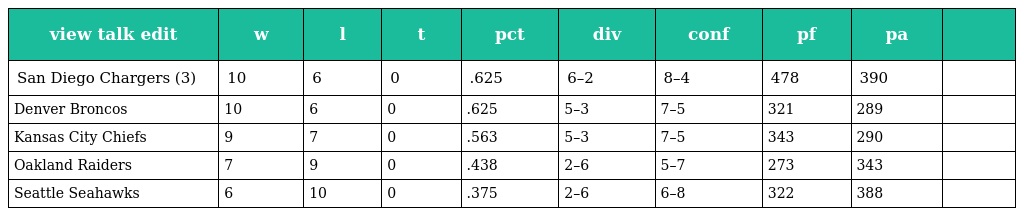
| view talk edit | w | l | t | pct | div | conf | pf | pa |  |
 | --- | --- | --- | --- | --- | --- | --- | --- | --- | --- |
 | San Diego Chargers (3) | 10 | 6 | 0 | .625 | 6–2 | 8–4 | 478 | 390 |  |
 | Denver Broncos | 10 | 6 | 0 | .625 | 5–3 | 7–5 | 321 | 289 |  |
 | Kansas City Chiefs | 9 | 7 | 0 | .563 | 5–3 | 7–5 | 343 | 290 |  |
 | Oakland Raiders | 7 | 9 | 0 | .438 | 2–6 | 5–7 | 273 | 343 |  |
 | Seattle Seahawks | 6 | 10 | 0 | .375 | 2–6 | 6–8 | 322 | 388 |  |